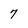
Character: 7